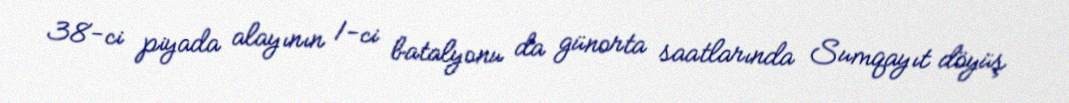
38-ci piyada alayının 1-ci batalyonu da günorta saatlarında Sumqayıt döyüş